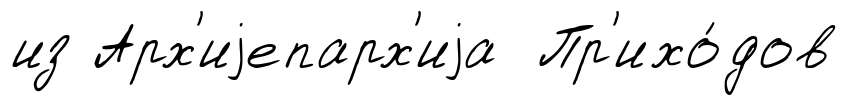
из Арх'иjепарх'иjа Пр'ихо́дов